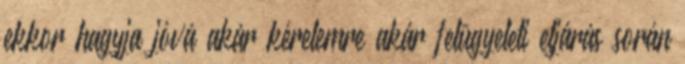
ekkor hagyja jóvá akár kérelemre akár felügyeleti eljárás során